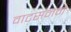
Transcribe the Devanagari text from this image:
वाटसनने